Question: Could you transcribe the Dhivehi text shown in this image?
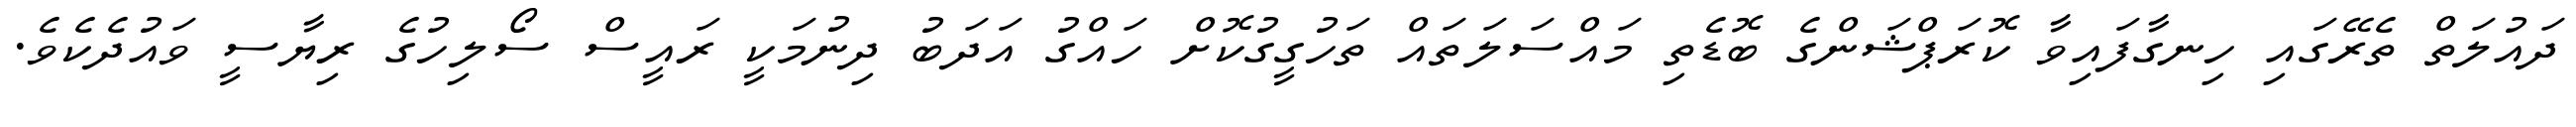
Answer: ދައުލަތް ތެރޭގައި ހިނގާފައިވާ ކޮރަޕްޝަންގެ ބޮޑެތި މައްސަލަތައް ތަހުގީގުކޮށް ހައްގު އަދަބު ދިނުމަކީ ރައީސް ސޯލިހުގެ ރިޔާސީ ވައުދެކެވެ.